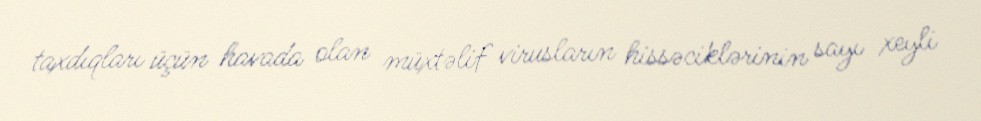
taxdıqları üçün havada olan müxtəlif virusların hissəciklərinin sayı xeyli